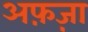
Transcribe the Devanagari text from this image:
अफ़ज़ा